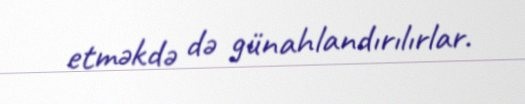
etməkdə də günahlandırılırlar.